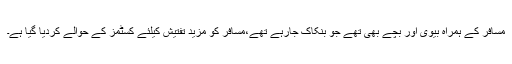
مسافر کے ہمراہ بیوی اور بچے بھی تھے جو بنکاک جارہے تھے،مسافر کو مزید تفتیش کیلئے کسٹمز کے حوالے کردیا گیا ہے۔